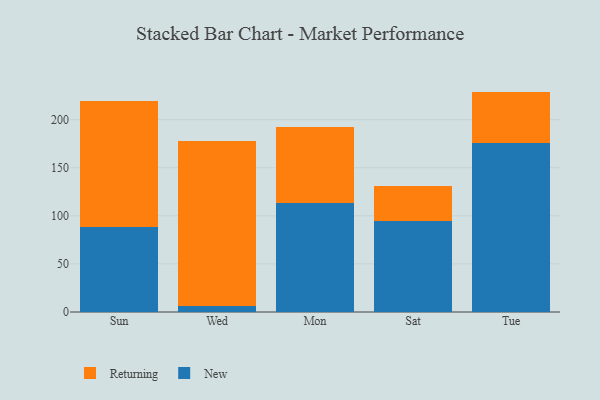
{"axis": {"x": "Day", "y": "Gross Profit (USD K)"}, "legend": ["New", "Returning"], "data": [{"x": "Sun", "y": 88.9, "type": "New"}, {"x": "Sun", "y": 130.5, "type": "Returning"}, {"x": "Wed", "y": 5.9, "type": "New"}, {"x": "Wed", "y": 172.4, "type": "Returning"}, {"x": "Mon", "y": 113.7, "type": "New"}, {"x": "Mon", "y": 78.3, "type": "Returning"}, {"x": "Sat", "y": 94.8, "type": "New"}, {"x": "Sat", "y": 36.1, "type": "Returning"}, {"x": "Tue", "y": 176.1, "type": "New"}, {"x": "Tue", "y": 53.1, "type": "Returning"}]}